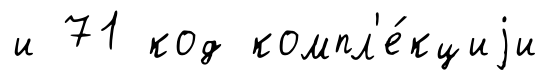
и 71 код компл'е́кциjи